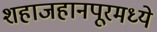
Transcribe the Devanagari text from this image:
शहाजहानपूरमध्ये